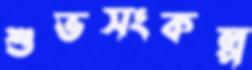
শুভসংকল্প